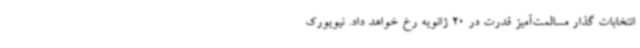
انتخابات گذار مسالمت‌آمیز قدرت در 20 ژانویه رخ خواهد داد. نیویورک